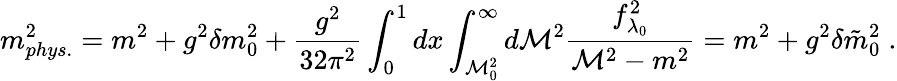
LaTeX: m_{phys.}^{2}=m^{2}+g^{2}\delta m_{0}^{2}+\frac{g^{2}}{32\pi^{2}}\int_{0}^{1}dx\int_{{\cal M}_{0}^{2}}^{\infty}d{\cal M}^{2}\frac{f_{\lambda_{0}}^{2}}{{\cal M}^{2}-m^{2}}=m^{2}+g^{2}\delta\tilde{m}_{0}^{2}\; .